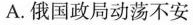
A.俄国政局动荡不安